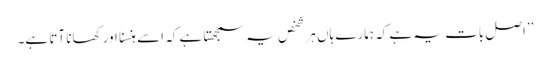
’’اصل بات یہ ہے کہ ہمارے ہاں ہر شخص یہ سمجھتا ہے کہ اسے ہنسنا اور کھانا آتا ہے۔